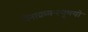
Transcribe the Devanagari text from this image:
येनाक्रमन्त्यृषयो